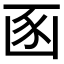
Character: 𮙚